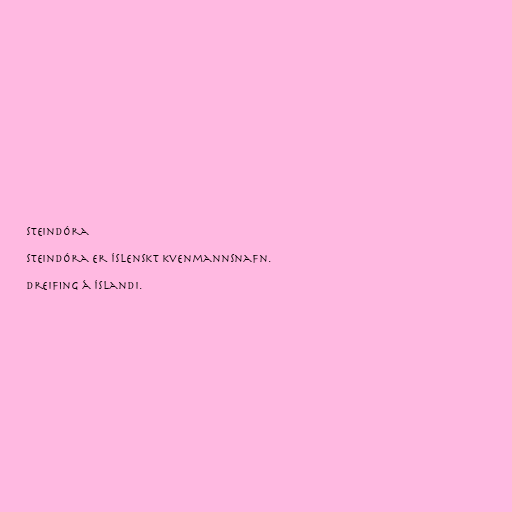
Steindóra

Steindóra er íslenskt kvenmannsnafn.

Dreifing á Íslandi.